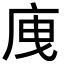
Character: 㡼